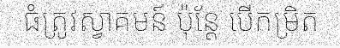
ធំត្រូវស្វាគមន៍ ប៉ុន្តែ បើកម្រិត